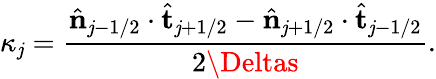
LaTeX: \kappa_{\mathit{j}}=\frac{{\hat{{\mathbf{{n}}}}_{\mathit{j}-1/2}\cdot\hat{{\mathbf{{t}}}}_{\mathit{j}+1/2}-\hat{{\mathbf{{n}}}}_{\mathit{j}+1/2}\cdot\hat{{\mathbf{{t}}}}_{\mathit{j}-1/2}}}{{2\Deltas}}.